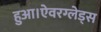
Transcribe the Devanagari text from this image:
हुआ।ऐवरग्लेड्स